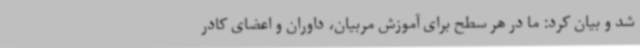
شد و بیان کرد: ما در هر سطح برای آموزش مربیان، داوران و اعضای کادر